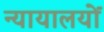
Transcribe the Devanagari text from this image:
न्यायालयोंं